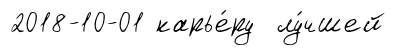
2018-10-01 карье́ру лу́чшей